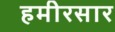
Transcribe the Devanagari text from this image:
हमीरसार